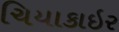
ચિયાકાઇર